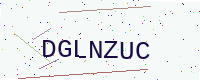
Text: DGLNZUC